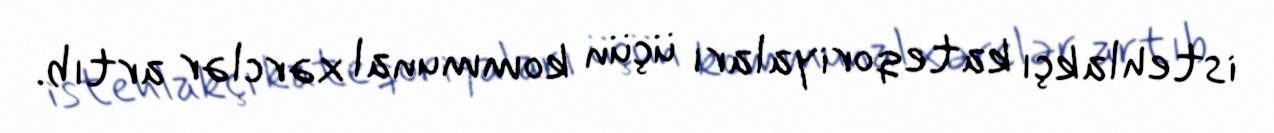
istehlakçı kateqoriyaları üçün kommunal xərclər artıb.